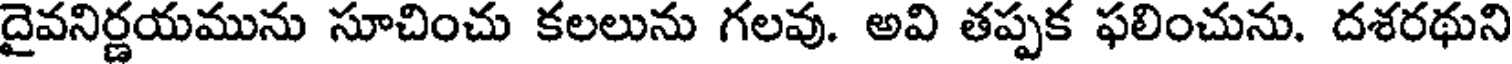
దైవనిర్ణయమును సూచించు కలలును గలవు. అవి తప్పక ఫలించును. దశరథుని